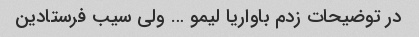
در توضیحات زدم باواریا لیمو … ولی سیب فرستادین